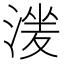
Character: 𣹶